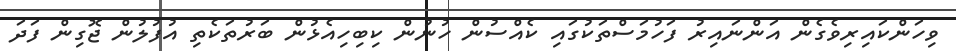
ވިހަންކައިރިވެގެން އަންނައިރު ފަހުމަސްތަކުގައި ކެއްސުން ހުނުން ކިބިހިއެޅުން ބަރުތަކެތި އުފުލުން ޖޮގިން ފަދަ